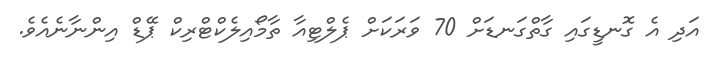
އަދި އެ ގޮނޑީގައި ގާތްގަނޑަށް 70 ވަރަކަަށް ޕެލްޓިއާ ތާމޯއިލެކްޓްރިކް ޕޭޑް އިންނާނެއެވެ.